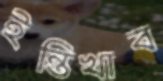
ইন্তিখাব